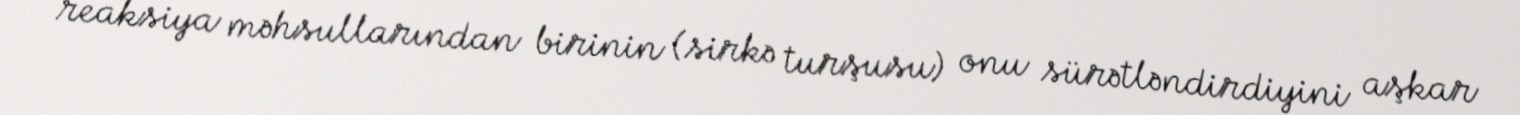
reaksiya məhsullarından birinin (sirkə turşusu) onu sürətləndirdiyini aşkar